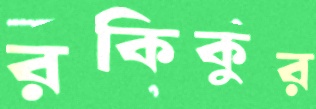
রকিকুর